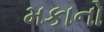
મકાનો